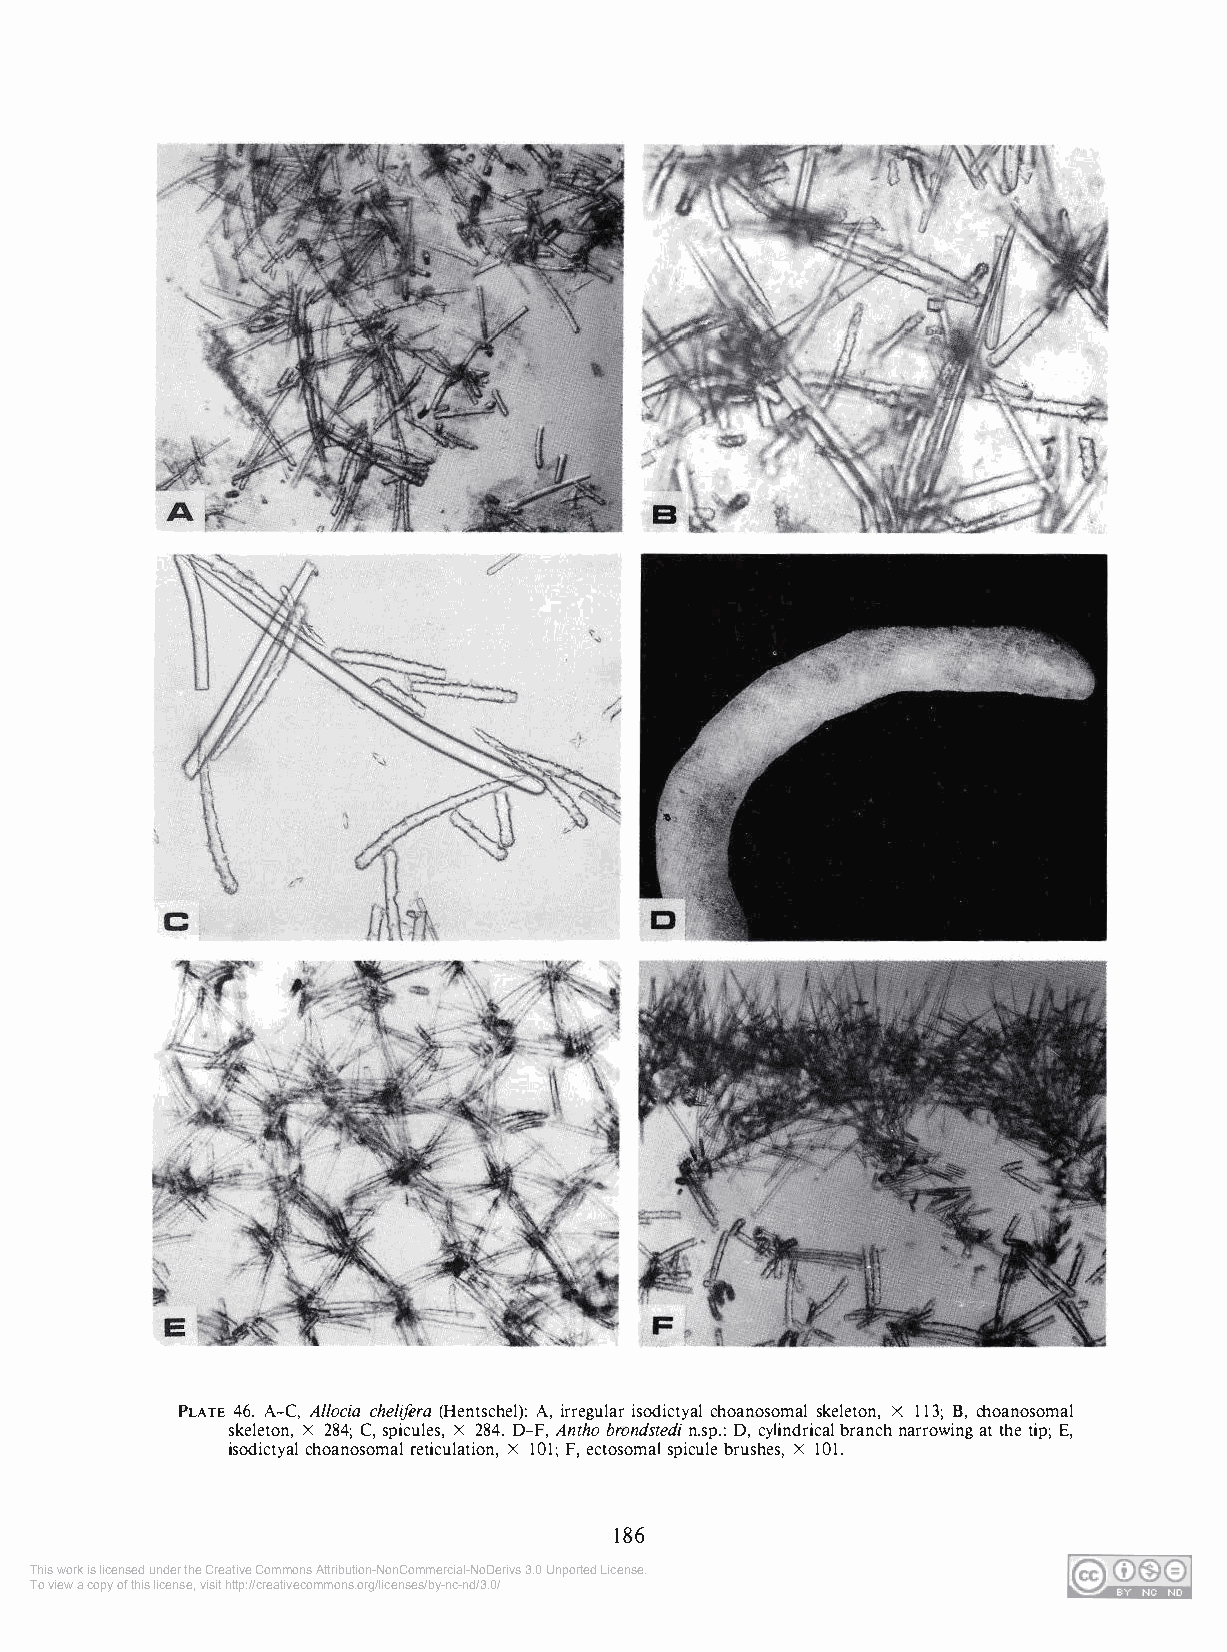
PLATE 46. A-C, Allocia chelifera (Hentschel): A, irregular isodictyal choanosomal skeleton, X 113; B, choanosomal
 skeleton, X 284; C, spicules, X 284. D-F, Antho brondstedi n.sp.: D, cylindrical branch narrowing at the tip; E,
 isodictyal choanosomal reticulation, X 101; F, ectosomal spicule brushes, X 101.
 186
 This work is licensed under the Creative Commons Attribution-NonCommercial-NoDerivs 3.0 Unported License.
 To view a copy of this license, visit http://creativecommons.org/licenses/by-nc-nd/3.0/